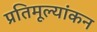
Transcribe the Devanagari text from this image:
प्रतिमूल्यांकन